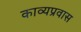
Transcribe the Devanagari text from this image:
काव्यप्रवास